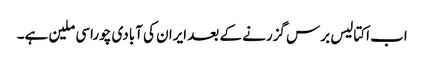
اب اکتالیس برس گزرنے کے بعد ایران کی آبادی چوراسی ملین ہے۔